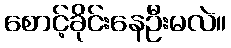
စောင့်ခိုင်းနေဦးမလဲ။